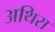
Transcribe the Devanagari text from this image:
अथिरा